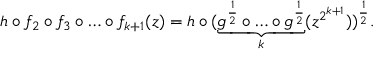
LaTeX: h \circ f _ { 2 } \circ f _ { 3 } \circ \ldots \circ f _ { k + 1 } ( z ) = h \circ ( \underbrace { g ^ { \frac { 1 } { 2 } } \circ \ldots \circ g ^ { \frac { 1 } { 2 } } } _ { k } ( z ^ { 2 ^ { k + 1 } } ) ) ^ { \frac 1 2 } .